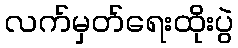
လက်မှတ်ရေးထိုးပွဲ